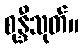
စုန္ဒီသုတ်။